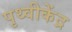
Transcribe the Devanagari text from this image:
पृथ्वीकेंद्र